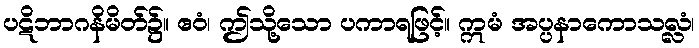
ပဋိဘာဂနိမိတ်၌။ ဧဝံ၊ ဤသို့သော ပကာရဖြင့်။ ဣမံ အပ္ပနာကောသလ္လံ၊